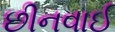
છીનવાઈ